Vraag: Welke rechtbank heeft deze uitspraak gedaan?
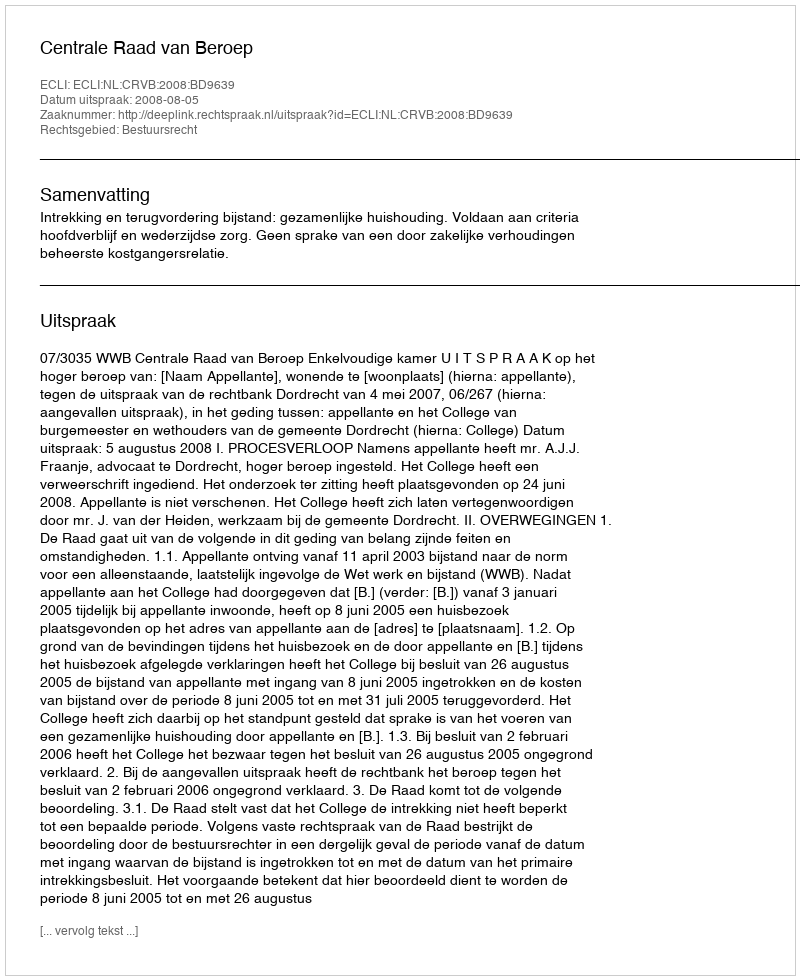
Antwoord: Centrale Raad van Beroep